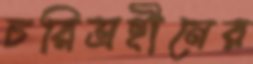
চরিত্রহীনের